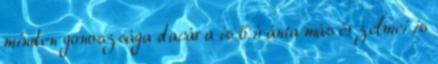
minden gonoszsága dacára is ő iránta más érzelmei is